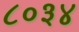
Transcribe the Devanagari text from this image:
८०३४